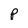
Character: p